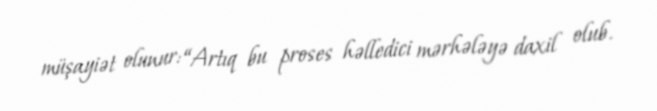
müşayiət olunur: “Artıq bu proses həlledici mərhələyə daxil olub.